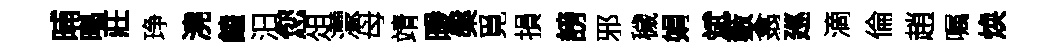
晡暍莊琤澆饁汨您俎濛母靖暖槃覓損謗邪穢娟斌藪翕廵滴倫趙嘱焕